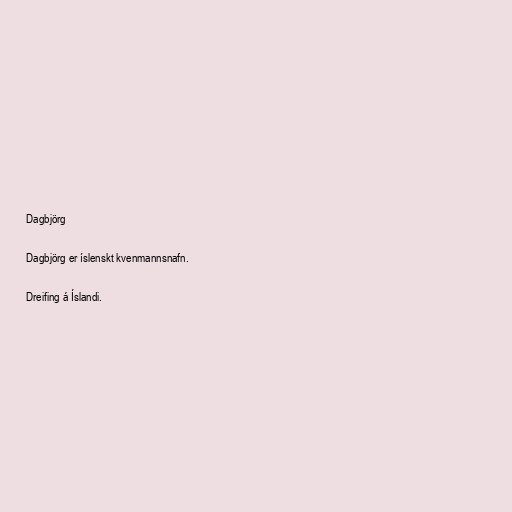
Dagbjörg

Dagbjörg er íslenskt kvenmannsnafn.

Dreifing á Íslandi.